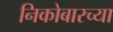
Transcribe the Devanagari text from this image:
निकोबारच्या